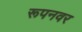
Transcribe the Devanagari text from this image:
रूपनवर